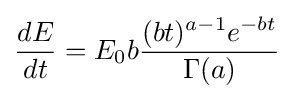
{\frac {dE}{dt}}=E_{0}b{\frac {(bt)^{a-1}e^{-bt}}{\Gamma (a)}}